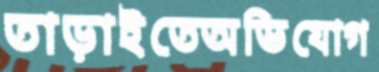
তাড়াইতেঅভিযোগ